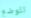
للوضع